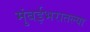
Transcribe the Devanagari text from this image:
मुंबईभरातल्या